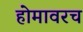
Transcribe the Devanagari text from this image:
होमावरच